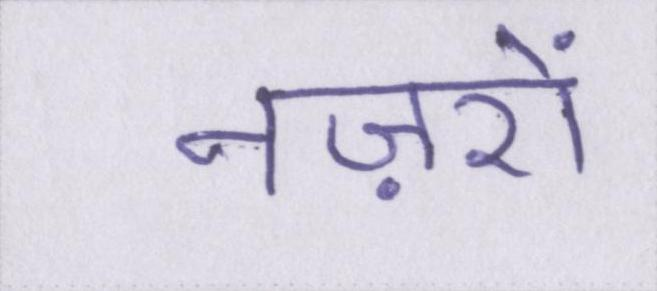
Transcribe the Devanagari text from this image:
नज़रों